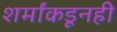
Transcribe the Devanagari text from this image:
शर्मांकडूनही